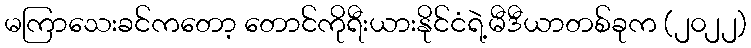
မကြာသေးခင်ကတော့ တောင်ကိုရီးယားနိုင်ငံရဲ့မီဒီယာတစ်ခုက (၂၀၂၂)